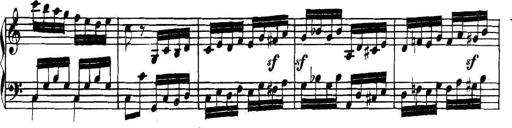
Title: Collected Piano Sonatas
Composer: Muzio Clementi